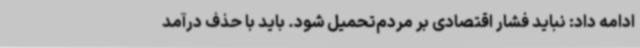
ادامه داد: نباید فشار اقتصادی بر مردم‌تحمیل شود. باید با حذف درآمد